Report on the Nagpur School of Medicine, Central Provinces
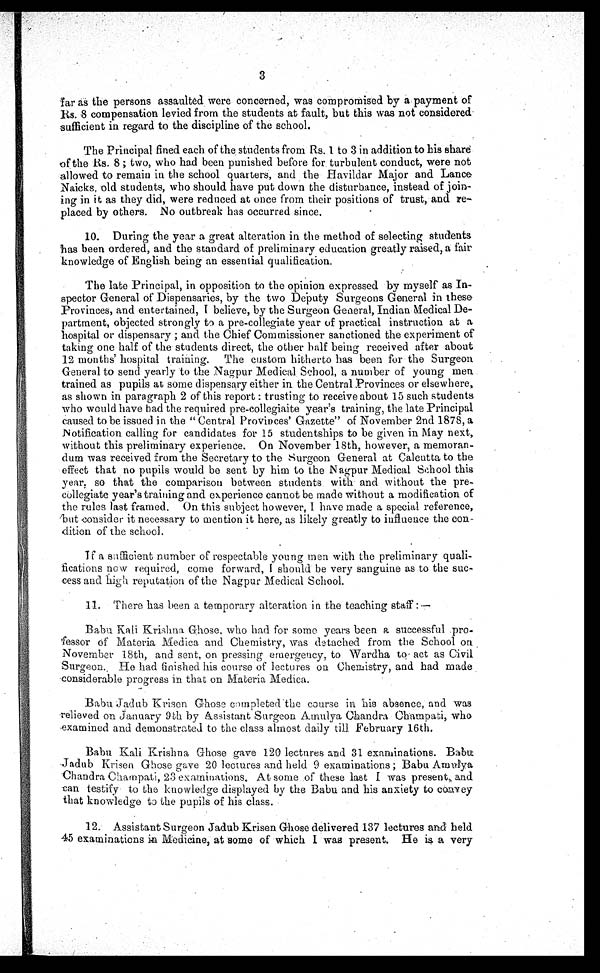
3
far as the persons assaulted , were concerned, was compromised by a payment of
Rs. 8 compensation levied from the students at fault, but this was not considered
sufficient in regard to the discipline of the school.
The Principal fined each of the. students from' Rs. 1 to 3 in addition to his share
of the Rs. 8; two, who had been punished before for. turbulent conduct, were not
allowed to remain in the school quarters, and the Havildar Major and Lance
Naicks, old students, who should have put down the disturbance, instead of join-
ing in it as they did, were reduced at once from their positions of trust, and re-
placed by others. No outbreak has occurred since,
10. During the year a great alteration in the method of selecting students
has been ordered, and the standard of preliminary education greatly raised, a fair
knowledge of English being an essential qualification.
The late Principal, in opposition to the opinion expressed by myself as In-
spector General of Dispensaries, by the two Deputy Surgeons General in these
Provinces, and entertained, I believe, by the Surgeon General, Indian 'Medical De-
partment, objected strongly to a pre-collegiate year of practical instruction at a
hospital or dispensary; and the Chief Commissioner sanctioned the experiment of
taking one half of the students direct, the other half being received after about
12 months' hospital training. The custom hitherto has been for the Surgeon
General to send yearly to the Nagpur Medical . School, a number of young men
trained as pupils at some dispensary either in the Central Provinces or elsewhere,
as shown in paragraph 2 of this report : trusting to receive about 15 such students
who would have had the required pre-collegiaite year's training, the late Principal
caused to be issued in the " Central Provinces' Gazette" of November 2nd 1878, a
Notification calling for candidates for 15 studentships to be given in May next,
without this preliminary experience. On November 18th, however, a memoran-
dum was received from the Secretary to the Surgeon General at Calcutta to the
effect that no pupils would be sent by him to the Nagpur Medical School this
year, so that the comparison between students. with . and. without the pre-
collegiate year's training and experience cannot be made without a modification of
the rules last framed. On this subject however, I have made a special reference,
but consider it necessary to mention it here, as likely greatly to influence the con-
dition of the school.
If a sufficient number of respectable young men with the preliminary quali-
fications now required, come forward, I should be very sanguine as to the suc-
cess and high reputation of the Nagpur Medical School.
11. There has been a temporary alteration in the teaching staff :
Babu Kali Krishna Ghose, who had for some years been a successful .
pro-fessor Of Materia Medica and Chemistry, was detached from the School on
November 18th, and sent, on pressing emergency, to Wardha to act as Civil
Surgeon. He had finished his course of lectures on Chemistry, and had made
considerable progress in that on Materia Medica.
Babu Jadub Krisen Ghose completed the course in his absence, and was
relieved on January 9th by assistant Surgeon Amulya Chandra Champati, who
examined and demonstrated to the class almost daily till February 16th.
Balu Kali Krishna Ghose gave 120 lectures and 31 examinations. Babu
Jadub Krisen Ghose gave 20 lectures and held 9 examinations ; Babu Amulya
Chandra Champati, 23 examinations. At some of these last I was present, and
can testify to the knowledge displayed by the Babu and his anxiety to convey
that knowledge to the pupils of his class.
12. Assistant Surgeon Jadub Krisen Ghose delivered 137 lectures and held
45 examinations in Medicine, at some of -which I was present. He is a very